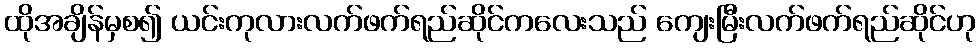
ထိုအချိန်မှစ၍ ယင်းကုလားလက်ဖက်ရည်ဆိုင်ကလေးသည် ကျေးမြီးလက်ဖက်ရည်ဆိုင်ဟု